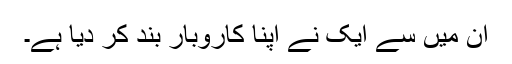
ان میں سے ایک نے اپنا کاروبار بند کر دیا ہے۔